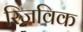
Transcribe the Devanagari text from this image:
रिज़विक